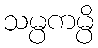
သမ္ပကမ္ပိ